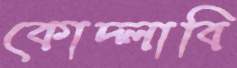
কোদ্‌লাবি